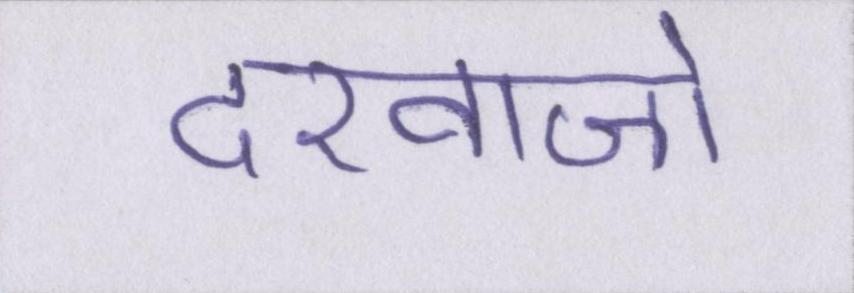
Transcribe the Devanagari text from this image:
दरवाजो